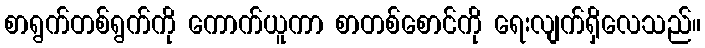
စာရွက်တစ်ရွက်ကို ကောက်ယူကာ စာတစ်စောင်ကို ရေးလျက်ရှိလေသည်။